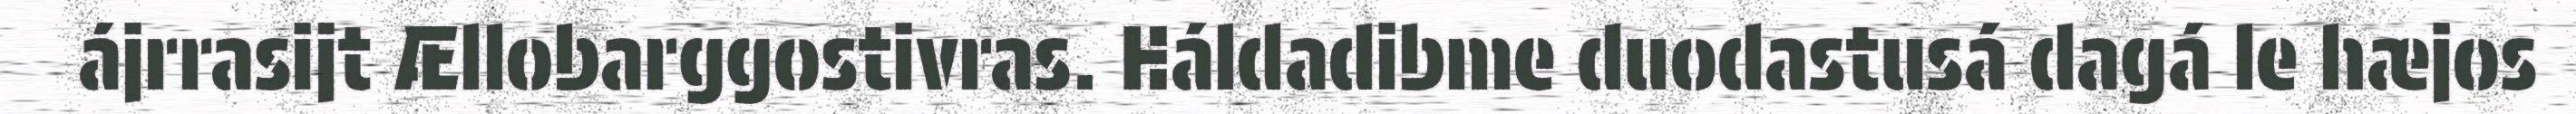
ájrrasijt Ællobarggostivras. Háldadibme duodastusá dagá le hæjos